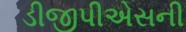
ડીજીપીએસની